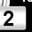
Digit: 2